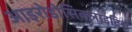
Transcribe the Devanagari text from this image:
आइरोडोसिक्लाइटिस